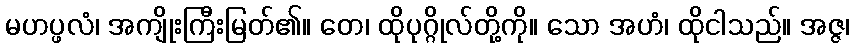
မဟပ္ဖလံ၊ အကျိုးကြီးမြတ်၏။ တေ၊ ထိုပုဂ္ဂိုလ်တို့ကို။ သော အဟံ၊ ထိုငါသည်။ အဇ္ဇ၊